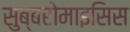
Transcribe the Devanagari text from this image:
सुब्बरोमाइसिस